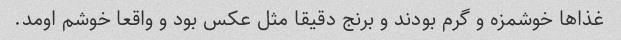
غذاها خوشمزه و گرم بودند و برنج دقیقا مثل عکس بود و واقعا خوشم اومد.